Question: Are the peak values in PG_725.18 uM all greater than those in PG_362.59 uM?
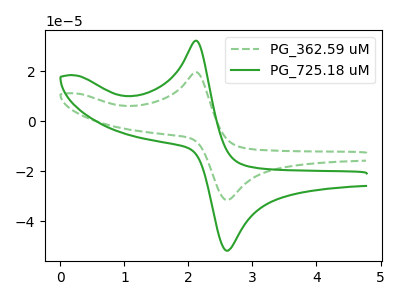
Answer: <think>The green dashed curve "PG_362.59 uM" has an anodic peak at (2.10V, 19.65uA) and a cathodic peak at (2.60V, -31.50uA). The green curve "PG_725.18 uM" has an anodic peak at (2.10V, 32.25uA) and a cathodic peak at (2.60V, -51.75uA).</think>
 <answer>Every peak in "PG_725.18 uM" is higher than every peak in "PG_362.59 uM".</answer>
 <eval>higher</eval>